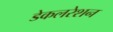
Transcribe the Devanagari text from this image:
डेकलरेशन